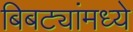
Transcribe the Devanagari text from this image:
बिबट्यांमध्ये